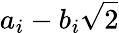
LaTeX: a_{i}-b_{i}{\sqrt{2}}